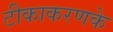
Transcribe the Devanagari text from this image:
टीकाकरणके